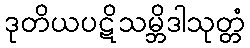
ဒုတိယပဋိသမ္ဘိဒါသုတ္တံ